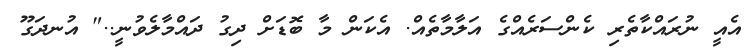
އެއީ ނުރައްކާތެރި ކެންސަރެއްގެ އަލާމާތެއް. އެކަން މާ ބޮޑަށް ދިގު ދައްމާލެވުނީ.." އުނދަގޫ